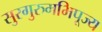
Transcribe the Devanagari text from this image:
सुरगुरुमभिपूज्य